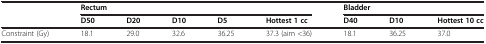
| <ROWSPAN=2>  | <COLSPAN=5> Rectum | <COLSPAN=3> Bladder |
 | D50 | D20 | D10 | D5 | Hottest 1 cc | D40 | D10 | Hottest 10 cc |
 | --- | --- | --- | --- | --- | --- | --- | --- | --- |
 | Constraint (Gy) | 18.1 | 29.0 | 32.6 | 36.25 | 37.3 (aim <36) | 18.1 | 36.25 | 37.0 |